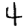
Digit: 4